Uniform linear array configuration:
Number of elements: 32
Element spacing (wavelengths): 0.5
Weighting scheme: uniform
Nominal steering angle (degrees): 0
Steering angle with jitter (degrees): -0.09091
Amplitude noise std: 0.05
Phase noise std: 0.05

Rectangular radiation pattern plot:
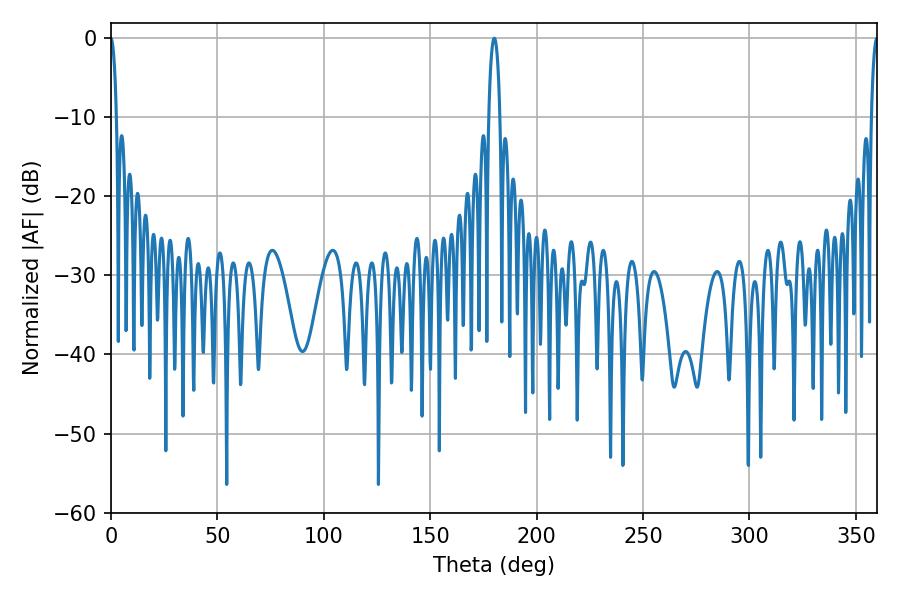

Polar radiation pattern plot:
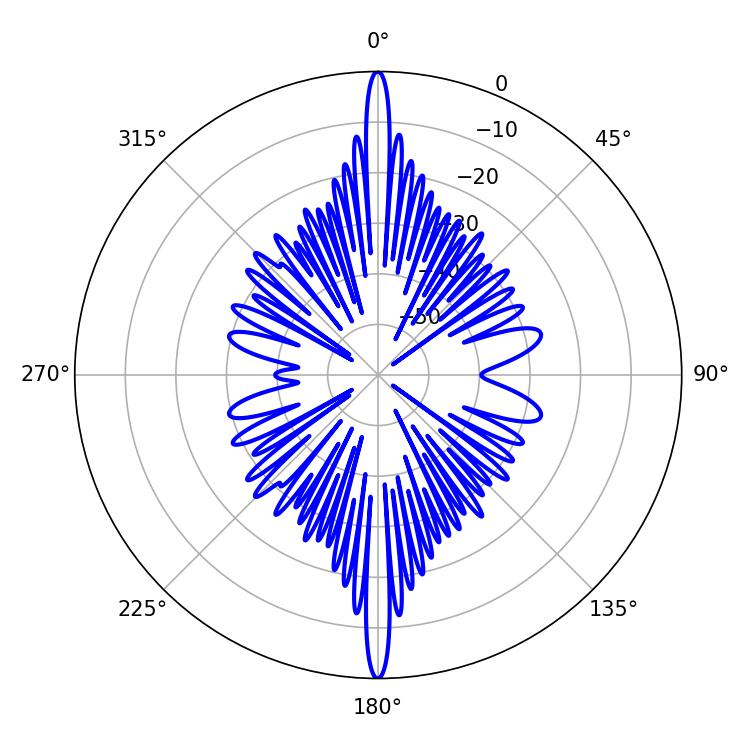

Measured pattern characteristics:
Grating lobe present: FALSE
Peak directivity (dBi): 39.478
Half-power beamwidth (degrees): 1.62
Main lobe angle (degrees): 359.82